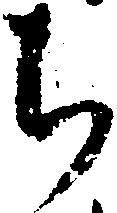
ち